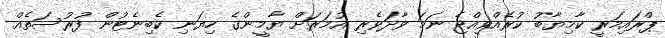
ޕްރައިމަރީ ކާމިޔާބު ކުރެއްވިއްޖެ ނަމަ ވާދަވެރި އުމަރަށް ޔާމީންގެ ހިޔަނި ކެބިނެޓުން ފުރުސަތެއް